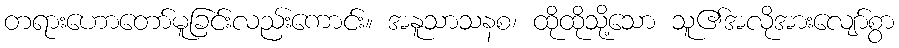
တရားဟောတော်မူခြင်းလည်းကောင်း။ အနူသာသနစ၊ ထိုထိုသို့သော သူ၏အလိုအားလျော်စွာ